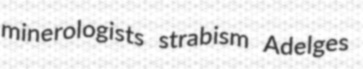
minerologists strabism Adelges